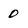
Character: 0